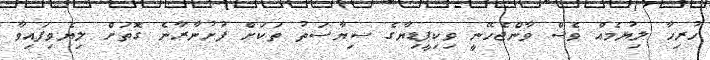
ހުރިހާ ލިޔުމެއް ވެސް ވާންޖެހޭނީ ވިކިޕީޑިޔާގެ ސިޔާސަތު ތަކަށް ފުށުނާރާނެ ގޮތަށް ލިޔެވިފައިވާ